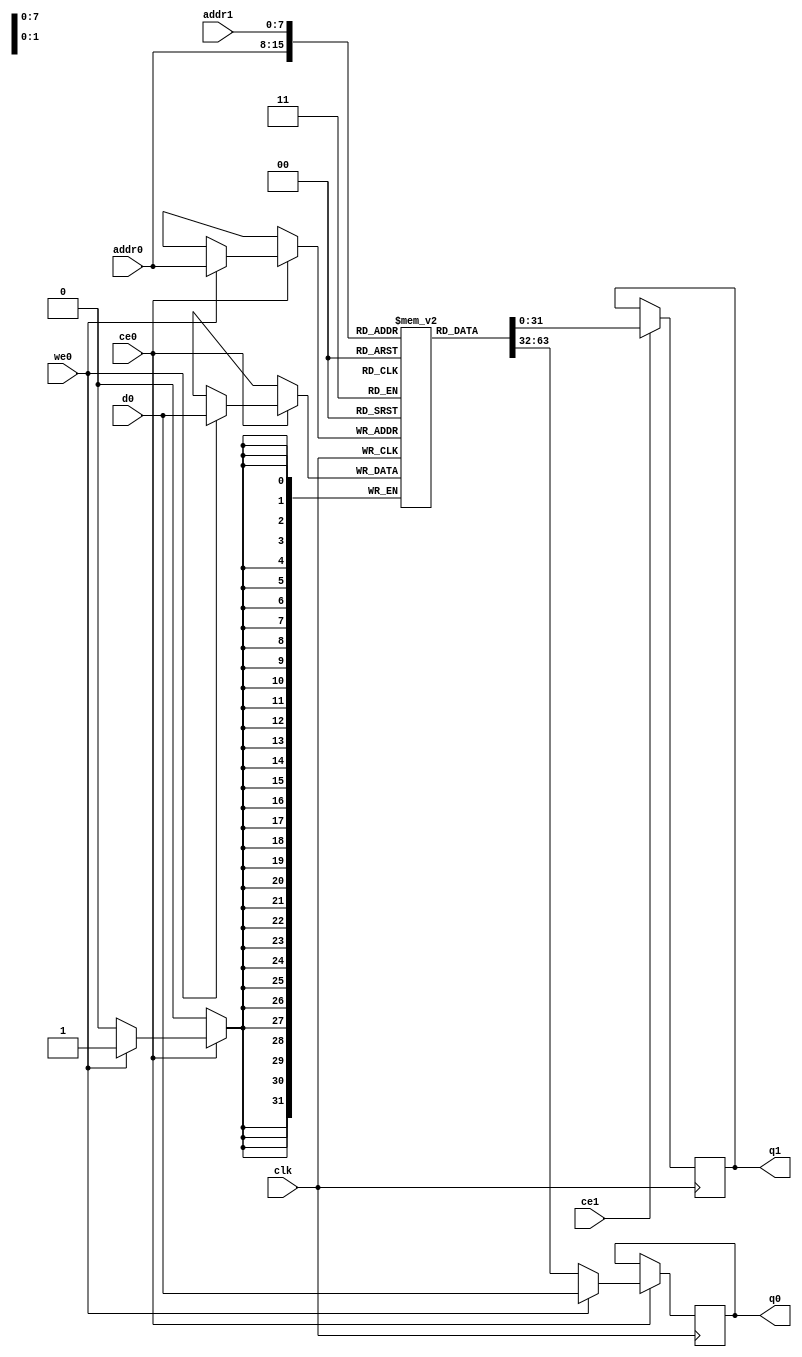
module feedforward_p_uOut_ram (addr0, ce0, d0, we0, q0, addr1, ce1, q1,  clk);

parameter DWIDTH = 32;
parameter AWIDTH = 8;
parameter MEM_SIZE = 140;

input[AWIDTH-1:0] addr0;
input ce0;
input[DWIDTH-1:0] d0;
input we0;
output reg[DWIDTH-1:0] q0;
input[AWIDTH-1:0] addr1;
input ce1;
output reg[DWIDTH-1:0] q1;
input clk;

(* ram_style = "block" *)reg [DWIDTH-1:0] ram[MEM_SIZE-1:0];




always @(posedge clk)  
begin 
    if (ce0) 
    begin
        if (we0) 
        begin 
            ram[addr0] <= d0; 
            q0 <= d0;
        end 
        else 
            q0 <= ram[addr0];
    end
end


always @(posedge clk)  
begin 
    if (ce1) 
    begin
            q1 <= ram[addr1];
    end
end


endmodule